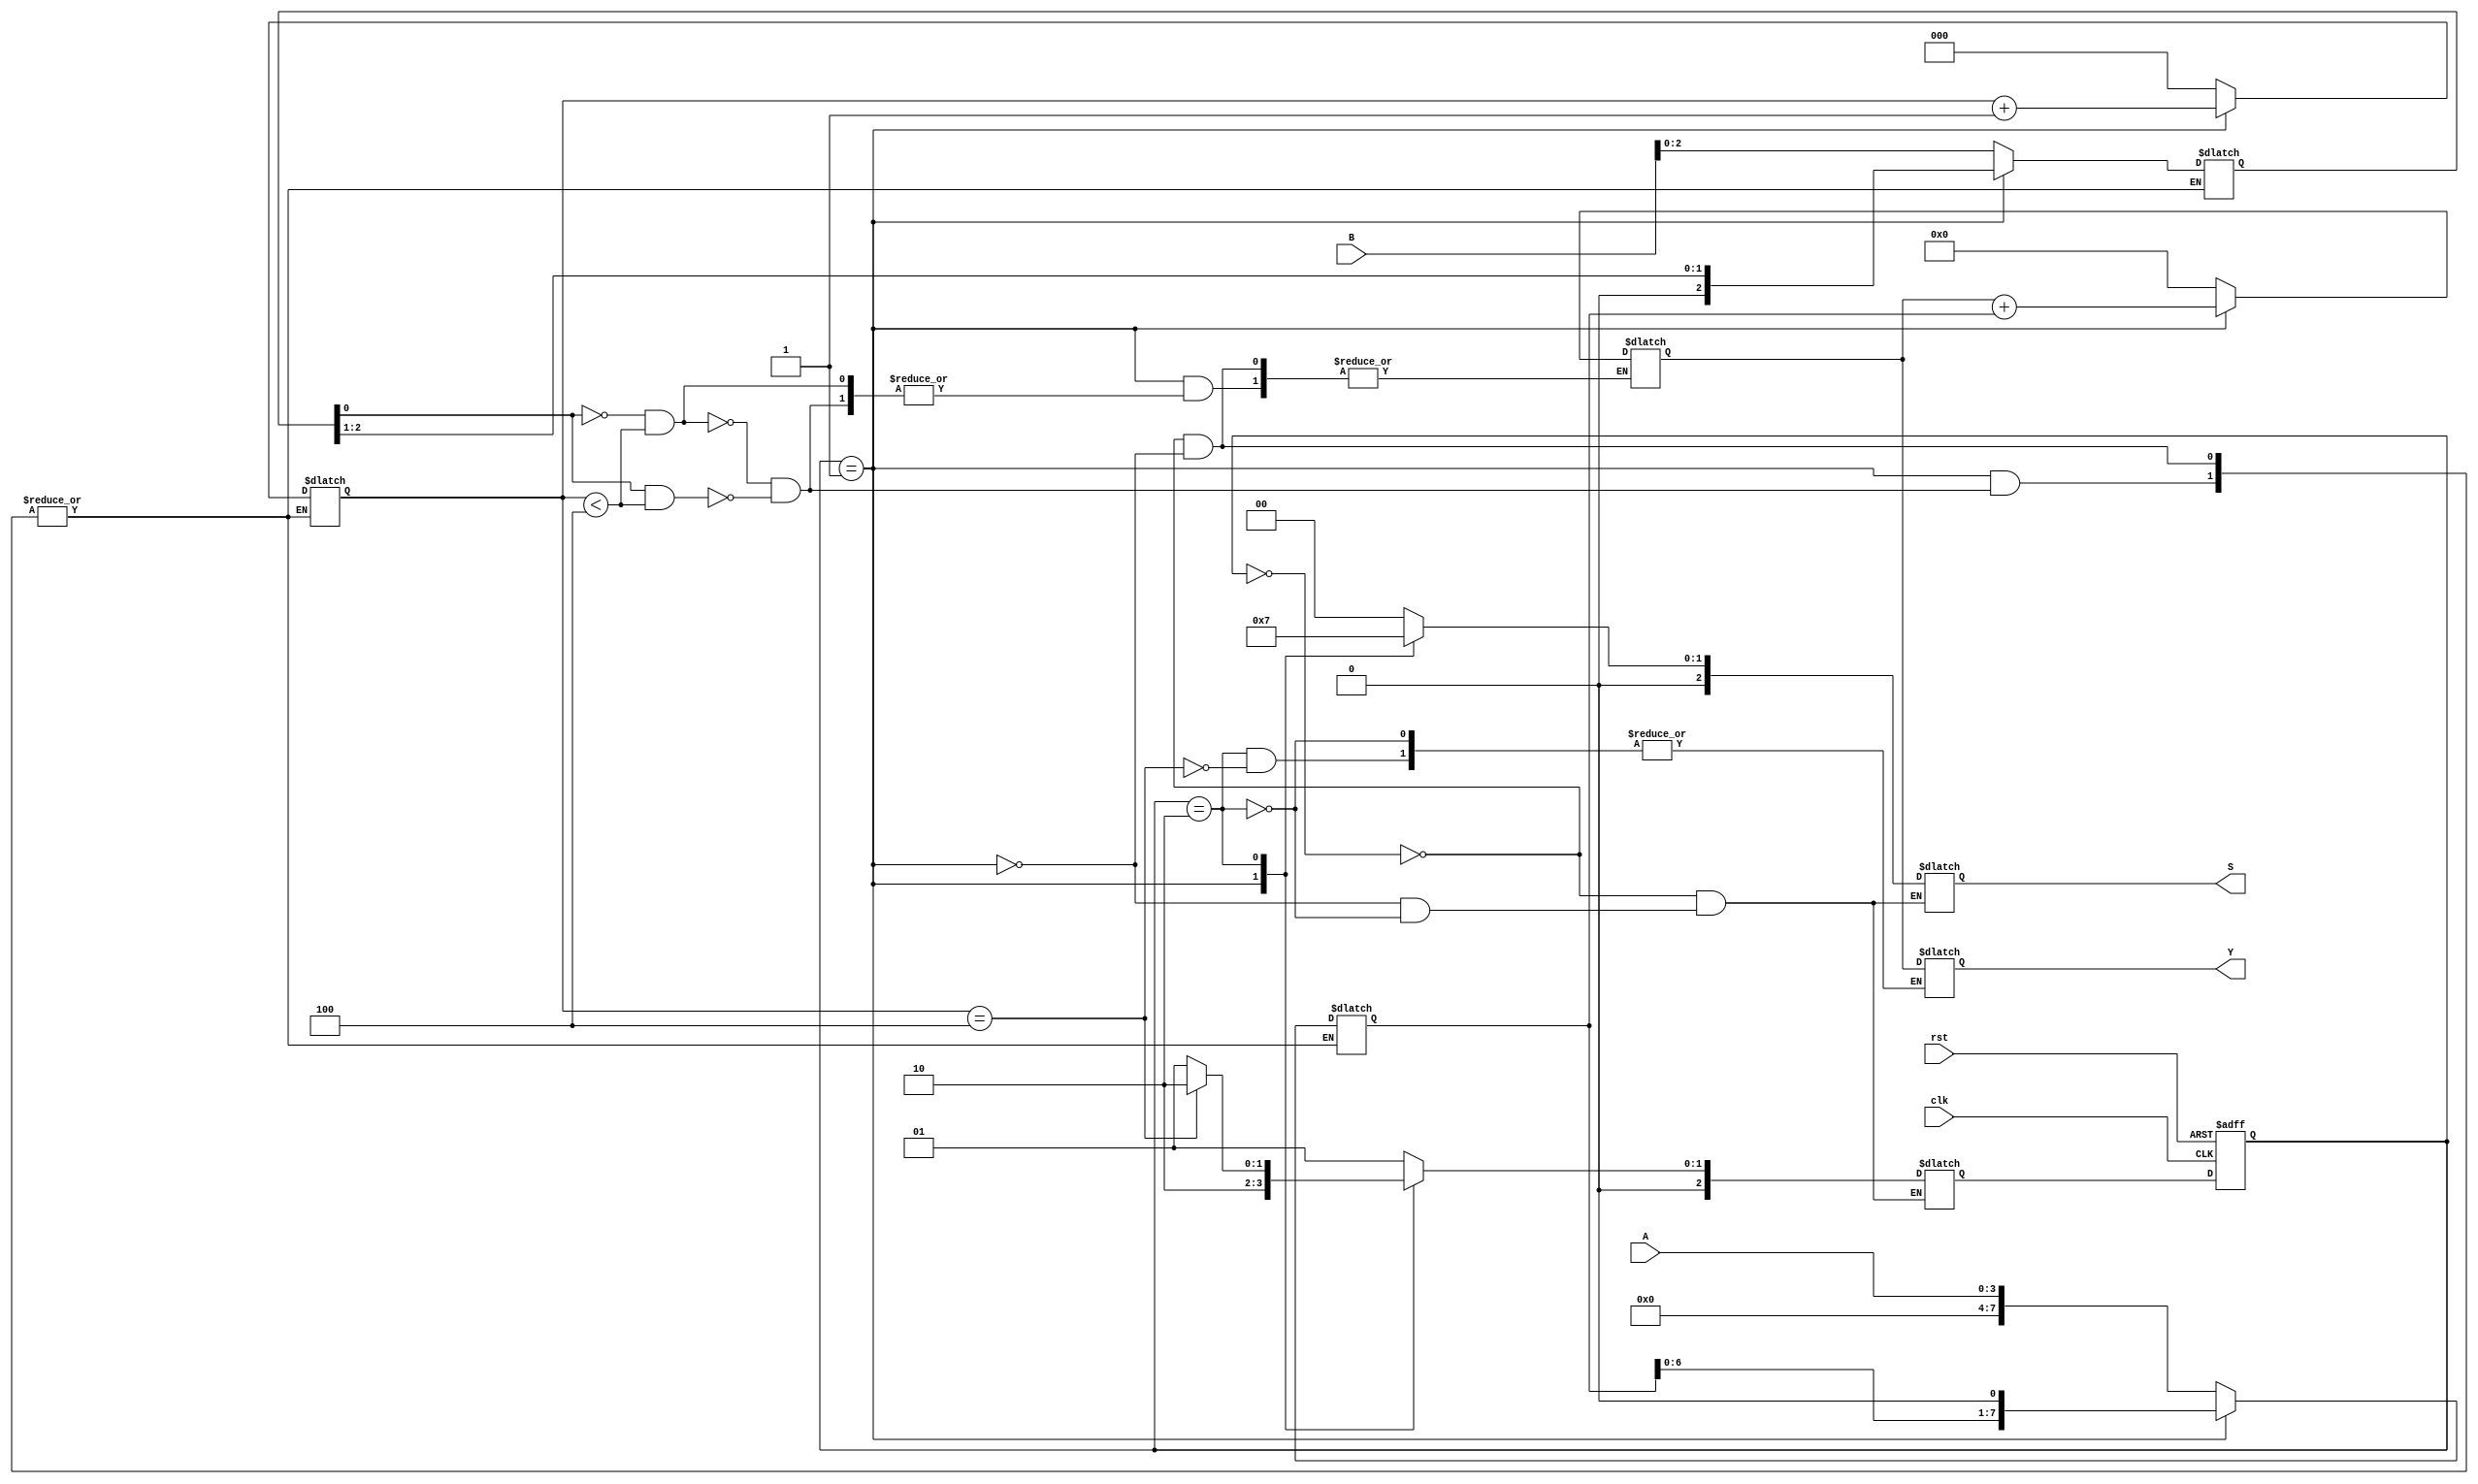
`timescale 1ns / 1ps
//////////////////////////////////////////////////////////////////////////////////
// Company: 
// Engineer: 
// 
// Design Name: 
// Module Name: seq_multip
// Project Name: 
// Target Devices: 
// Tool Versions: 
// Description: 
// 
// Dependencies: 
// 
// Revision:
// Revision 0.01 - File Created
// Additional Comments:
// 
//////////////////////////////////////////////////////////////////////////////////


module seq_multip(
    input [3:0] A,
    input [3:0] B,
    input clk, 
    input rst,
    output reg [7:0] Y,
    output reg [2:0] S
    );
 
    // Define states
    parameter S0_idle = 0 , S1_multiply = 1 , S2_update_result = 2 ;
    reg [2:0] CS,NS;
    reg [7:0] partial_product, multiplicand;
    reg [2:0] shift_count, BB; 

    always @(posedge clk or posedge rst)
    begin
        if(rst==1) 
        CS <= S0_idle;// when reset=1, reset the CS of the FSM to "S0" CS
        else
        CS <= NS; // otherwise, next CS
    end 
    
    always @ (*) begin
        case(CS)
            S0_idle: begin
                S<=3'b0;
                partial_product <= 8'b0;
                shift_count <= 3'b0;
                multiplicand <= {4'b0, A};
                BB <= B;
                NS = S1_multiply;
                end
            S1_multiply: begin
                S<=3'b001;
                NS = S2_update_result;
                if ((BB[0] == 0 && shift_count < 4)) begin
                    partial_product <= partial_product;
                    shift_count <= shift_count + 3'b1;
                    multiplicand <= multiplicand << 1;
                    BB <= BB >> 1;
                    end
                else if ((BB[0] == 1) && (shift_count < 4)) begin
                    partial_product <= partial_product + multiplicand;
                    shift_count <= shift_count + 3'b1;
                    multiplicand <= multiplicand << 1;
                    BB <= BB >> 1;
                    end
                end
            S2_update_result:begin
            S<=3'b011;
                if(shift_count == 4) begin
                NS = S2_update_result;
                Y <= partial_product;
                end
                else begin
                NS = S1_multiply;
                end
            end
            endcase
        end
endmodule